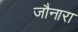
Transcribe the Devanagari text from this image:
जौनारा